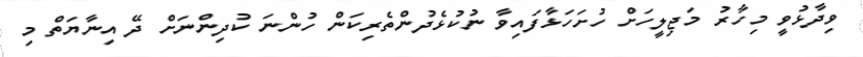
ވިދާޅުވީ މިހާރު މަޖިލީހަށް ހުށަހަޅާފައިވާ ނުކުޅެދުންތެރިކަން ހުންނަ ކުދިންނަށް ދޭ އިނާޔަތް މި